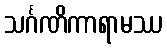
သင်္ဂဏိကာရာမဿ